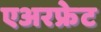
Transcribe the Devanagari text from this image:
एअरफ्रेट